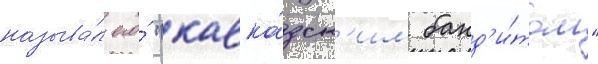
называ́л его́ "кавка́зск'им банд'и́том"